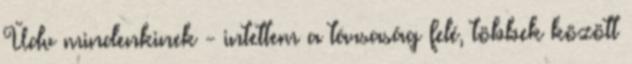
Üdv mindenkinek - intettem a társaság felé, többek között